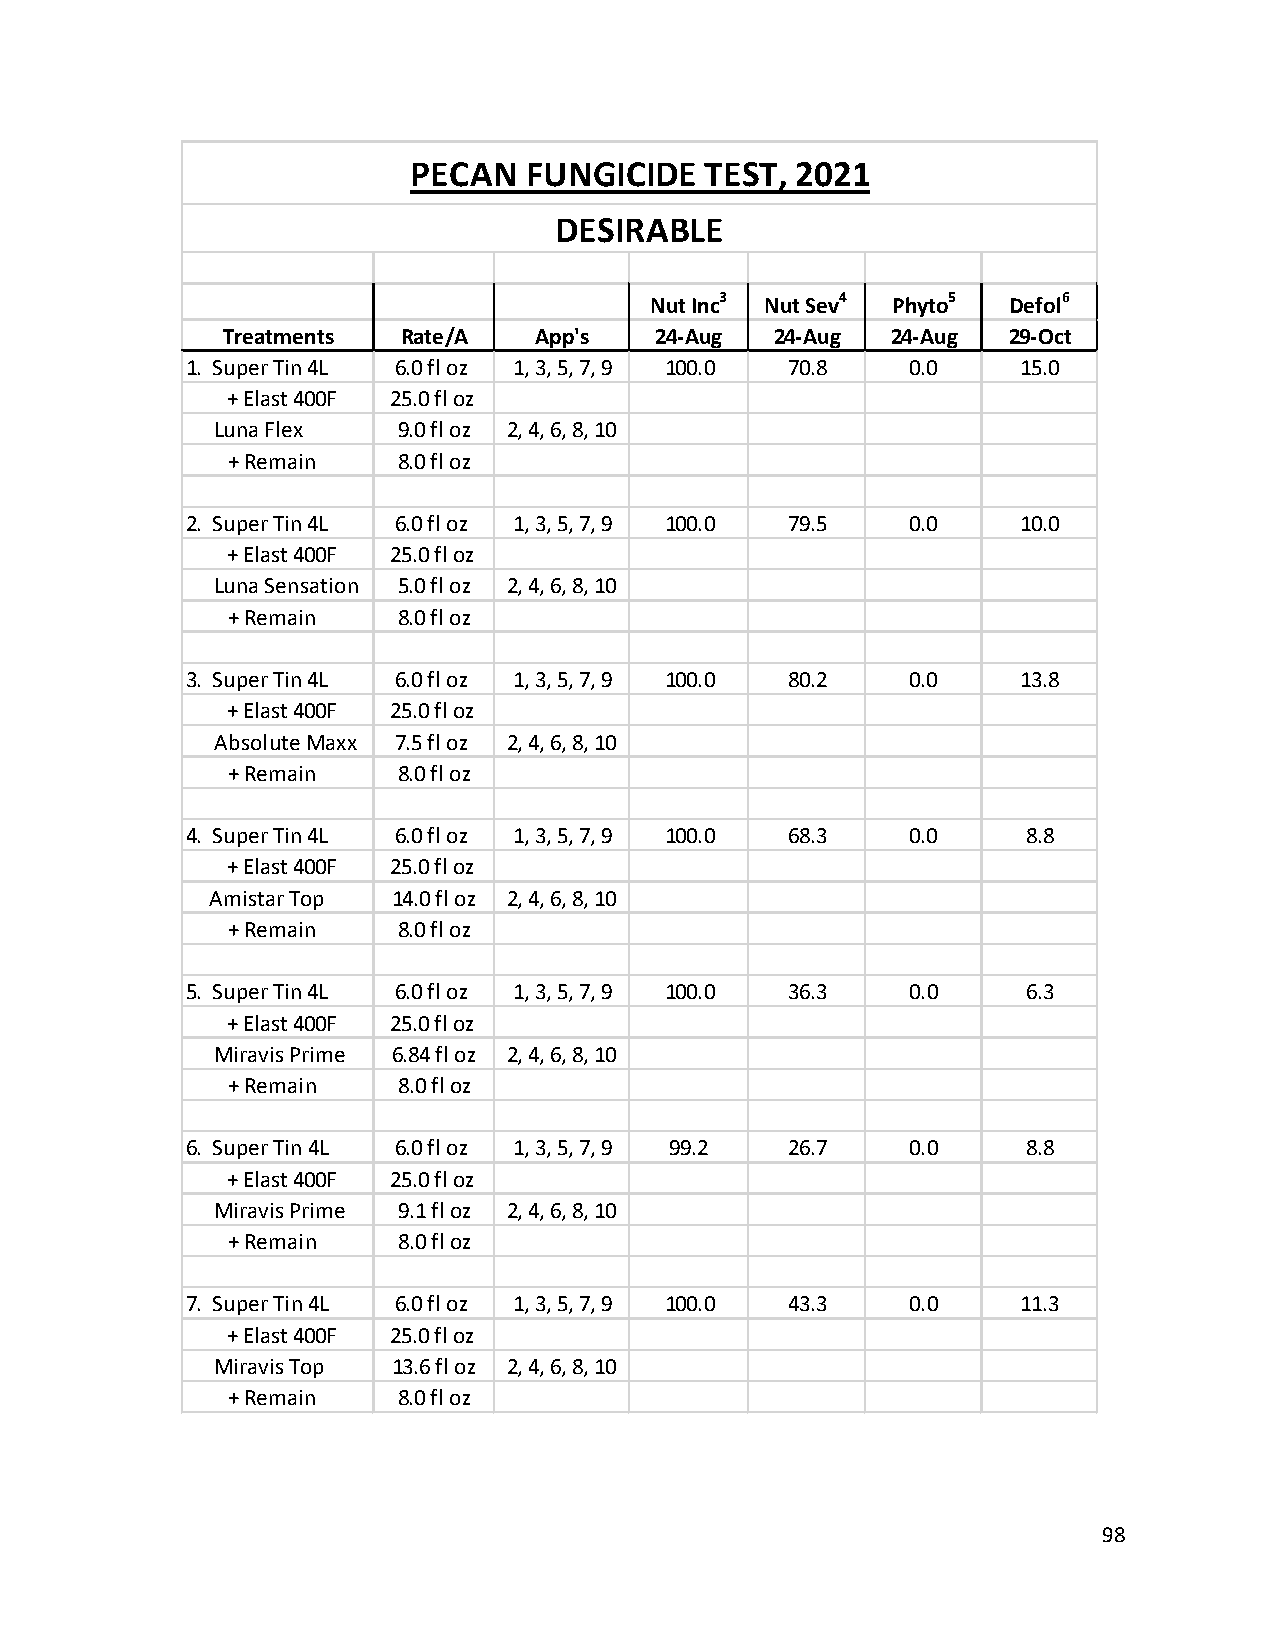
PECAN   FUNGICIDE   TEST, 2021
 DESIRABLE
 Nut Inc3 Nut Sev4 Phyto5 Defol6
 Treatments  Rate/A  App's   24-Aug  24-Aug  24-Aug  29-Oct
 1. Super Tin 4L 6.0 fl oz 1, 3, 5, 7, 9 100.0 70.8 0.0  15.0
 + Elast 400F 25.0 fl oz
 Luna Flex   9.0 fl oz 2, 4, 6, 8, 10
 + Remain   8.0 fl oz
 2. Super Tin 4L 6.0 fl oz 1, 3, 5, 7, 9 100.0 79.5 0.0  10.0
 + Elast 400F 25.0 fl oz
 Luna Sensation 5.0 fl oz 2, 4, 6, 8, 10
 + Remain   8.0 fl oz
 3. Super Tin 4L 6.0 fl oz 1, 3, 5, 7, 9 100.0 80.2 0.0  13.8
 + Elast 400F 25.0 fl oz
 Absolute Maxx 7.5 fl oz 2, 4, 6, 8, 10
 + Remain   8.0 fl oz
 4. Super Tin 4L 6.0 fl oz 1, 3, 5, 7, 9 100.0 68.3 0.0  8.8
 + Elast 400F 25.0 fl oz
 Amistar Top 14.0 fl oz 2, 4, 6, 8, 10
 + Remain   8.0 fl oz
 5. Super Tin 4L 6.0 fl oz 1, 3, 5, 7, 9 100.0 36.3 0.0  6.3
 + Elast 400F 25.0 fl oz
 Miravis Prime 6.84 fl oz 2, 4, 6, 8, 10
 + Remain   8.0 fl oz
 6. Super Tin 4L 6.0 fl oz 1, 3, 5, 7, 9 99.2 26.7 0.0   8.8
 + Elast 400F 25.0 fl oz
 Miravis Prime 9.1 fl oz 2, 4, 6, 8, 10
 + Remain   8.0 fl oz
 7. Super Tin 4L 6.0 fl oz 1, 3, 5, 7, 9 100.0 43.3 0.0  11.3
 + Elast 400F 25.0 fl oz
 Miravis Top 13.6 fl oz 2, 4, 6, 8, 10
 + Remain   8.0 fl oz
 98